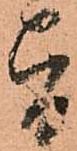
旨